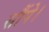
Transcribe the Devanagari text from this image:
सौंपे।